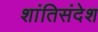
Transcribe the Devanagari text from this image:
शांतिसंदेश